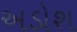
અડોશ